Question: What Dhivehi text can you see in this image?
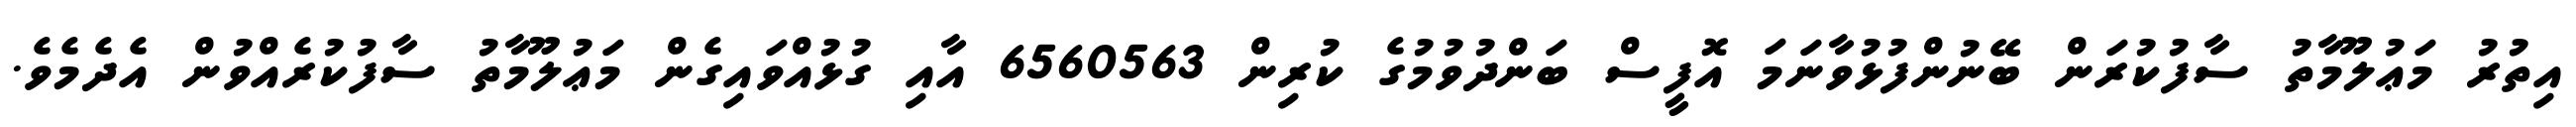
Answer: އިތުރު މަޢުލޫމާތު ސާފުކުރަން ބޭނުންފުޅުވާނަމަ އޮފީސް ބަންދުވުމުގެ ކުރިން 6560563 އާއި ގުޅުއްވައިގެން މަޢުލޫމާތު ސާފުކުރެއްވުން އެދެމެވެ.